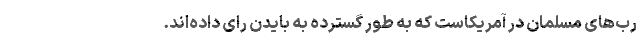
رب‌های مسلمان در آمریکاست که به طور گسترده به بایدن رای داده‌اند.